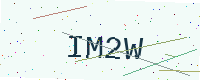
Text: IM2W